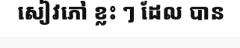
សៀវភៅ ខ្លះ ៗ ដែល បាន